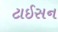
ટાઈસન